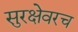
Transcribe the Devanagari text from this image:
सुरक्षेवरच